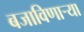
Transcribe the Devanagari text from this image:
बजाविणार्‍या